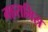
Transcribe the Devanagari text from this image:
गहरामिस्र